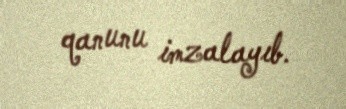
qanunu imzalayıb.